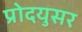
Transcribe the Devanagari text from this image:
प्रोदयुसर